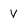
Character: V